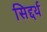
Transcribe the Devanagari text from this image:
सिद्दर्थ